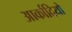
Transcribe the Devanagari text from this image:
आर्कादियो